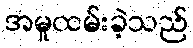
အမှုထမ်းခဲ့သည်